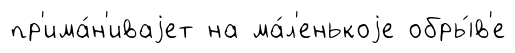
пр'има́н'иваjет на ма́л'енькоjе обры́в'е